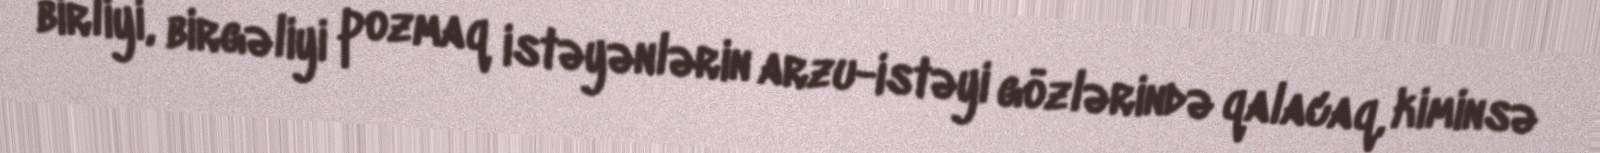
birliyi, birgəliyi pozmaq istəyənlərin arzu-istəyi gözlərində qalacaq, kiminsə